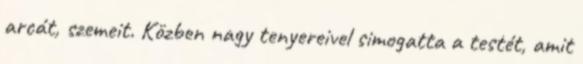
arcát, szemeit. Közben nagy tenyereivel simogatta a testét, amit